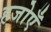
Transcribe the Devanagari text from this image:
हजोएँ